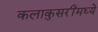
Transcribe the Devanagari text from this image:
कलाकुसरींमध्ये